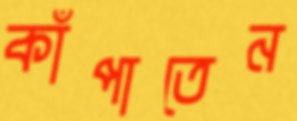
কাঁপাতেন